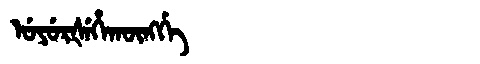
Manchu: ᡠᠶᡠᡵᡧᡝᡥᠠᡴᡡᠩᡤᡝ
Romanization: UYURŠEHAKŪNGGE